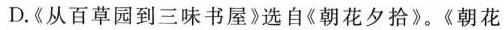
D.《从百草园到三味书屋》选自《朝花夕拾》。《朝花